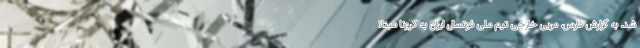
شد. به گزارش فارس، مربی خارجی تیم ملی فوتسال ایران به کرونا مبتلا